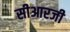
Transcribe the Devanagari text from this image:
सीआरजी